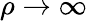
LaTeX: \rho\to\infty